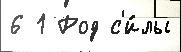
6 1 Род с'и́лы